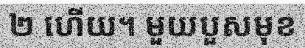
២ ហើយ។ មួយបួសមុខ